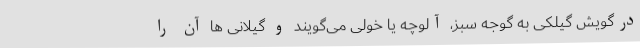
درگویش گیلکی به گوجه سبز، آلوچه یا خولی می‌گویند و گیلانی ها آن را